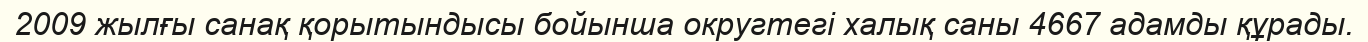
2009 жылғы санақ қорытындысы бойынша округтегі халық саны 4667 адамды құрады.